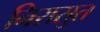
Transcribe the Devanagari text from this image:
निरासुत